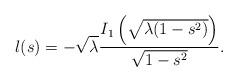
LaTeX: \begin{align*}l(s) =-\sqrt{\lambda} \frac{I_1\left(\sqrt{\lambda(1-s^2)}\right) }{\sqrt{1-s^2}}.\end{align*}